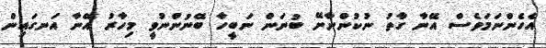
އެހެންނަމަވެސް އޭނާ ގާތު ނުކުންނާށޭ ބުނަން ނަބީހާ ބޭނުންނުވީ މިހާރު އޭނާ އަނގައިން